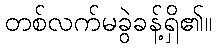
တစ်လက်မခွဲခန့်ရှိ၏။